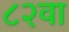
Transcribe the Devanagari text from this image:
८२वा